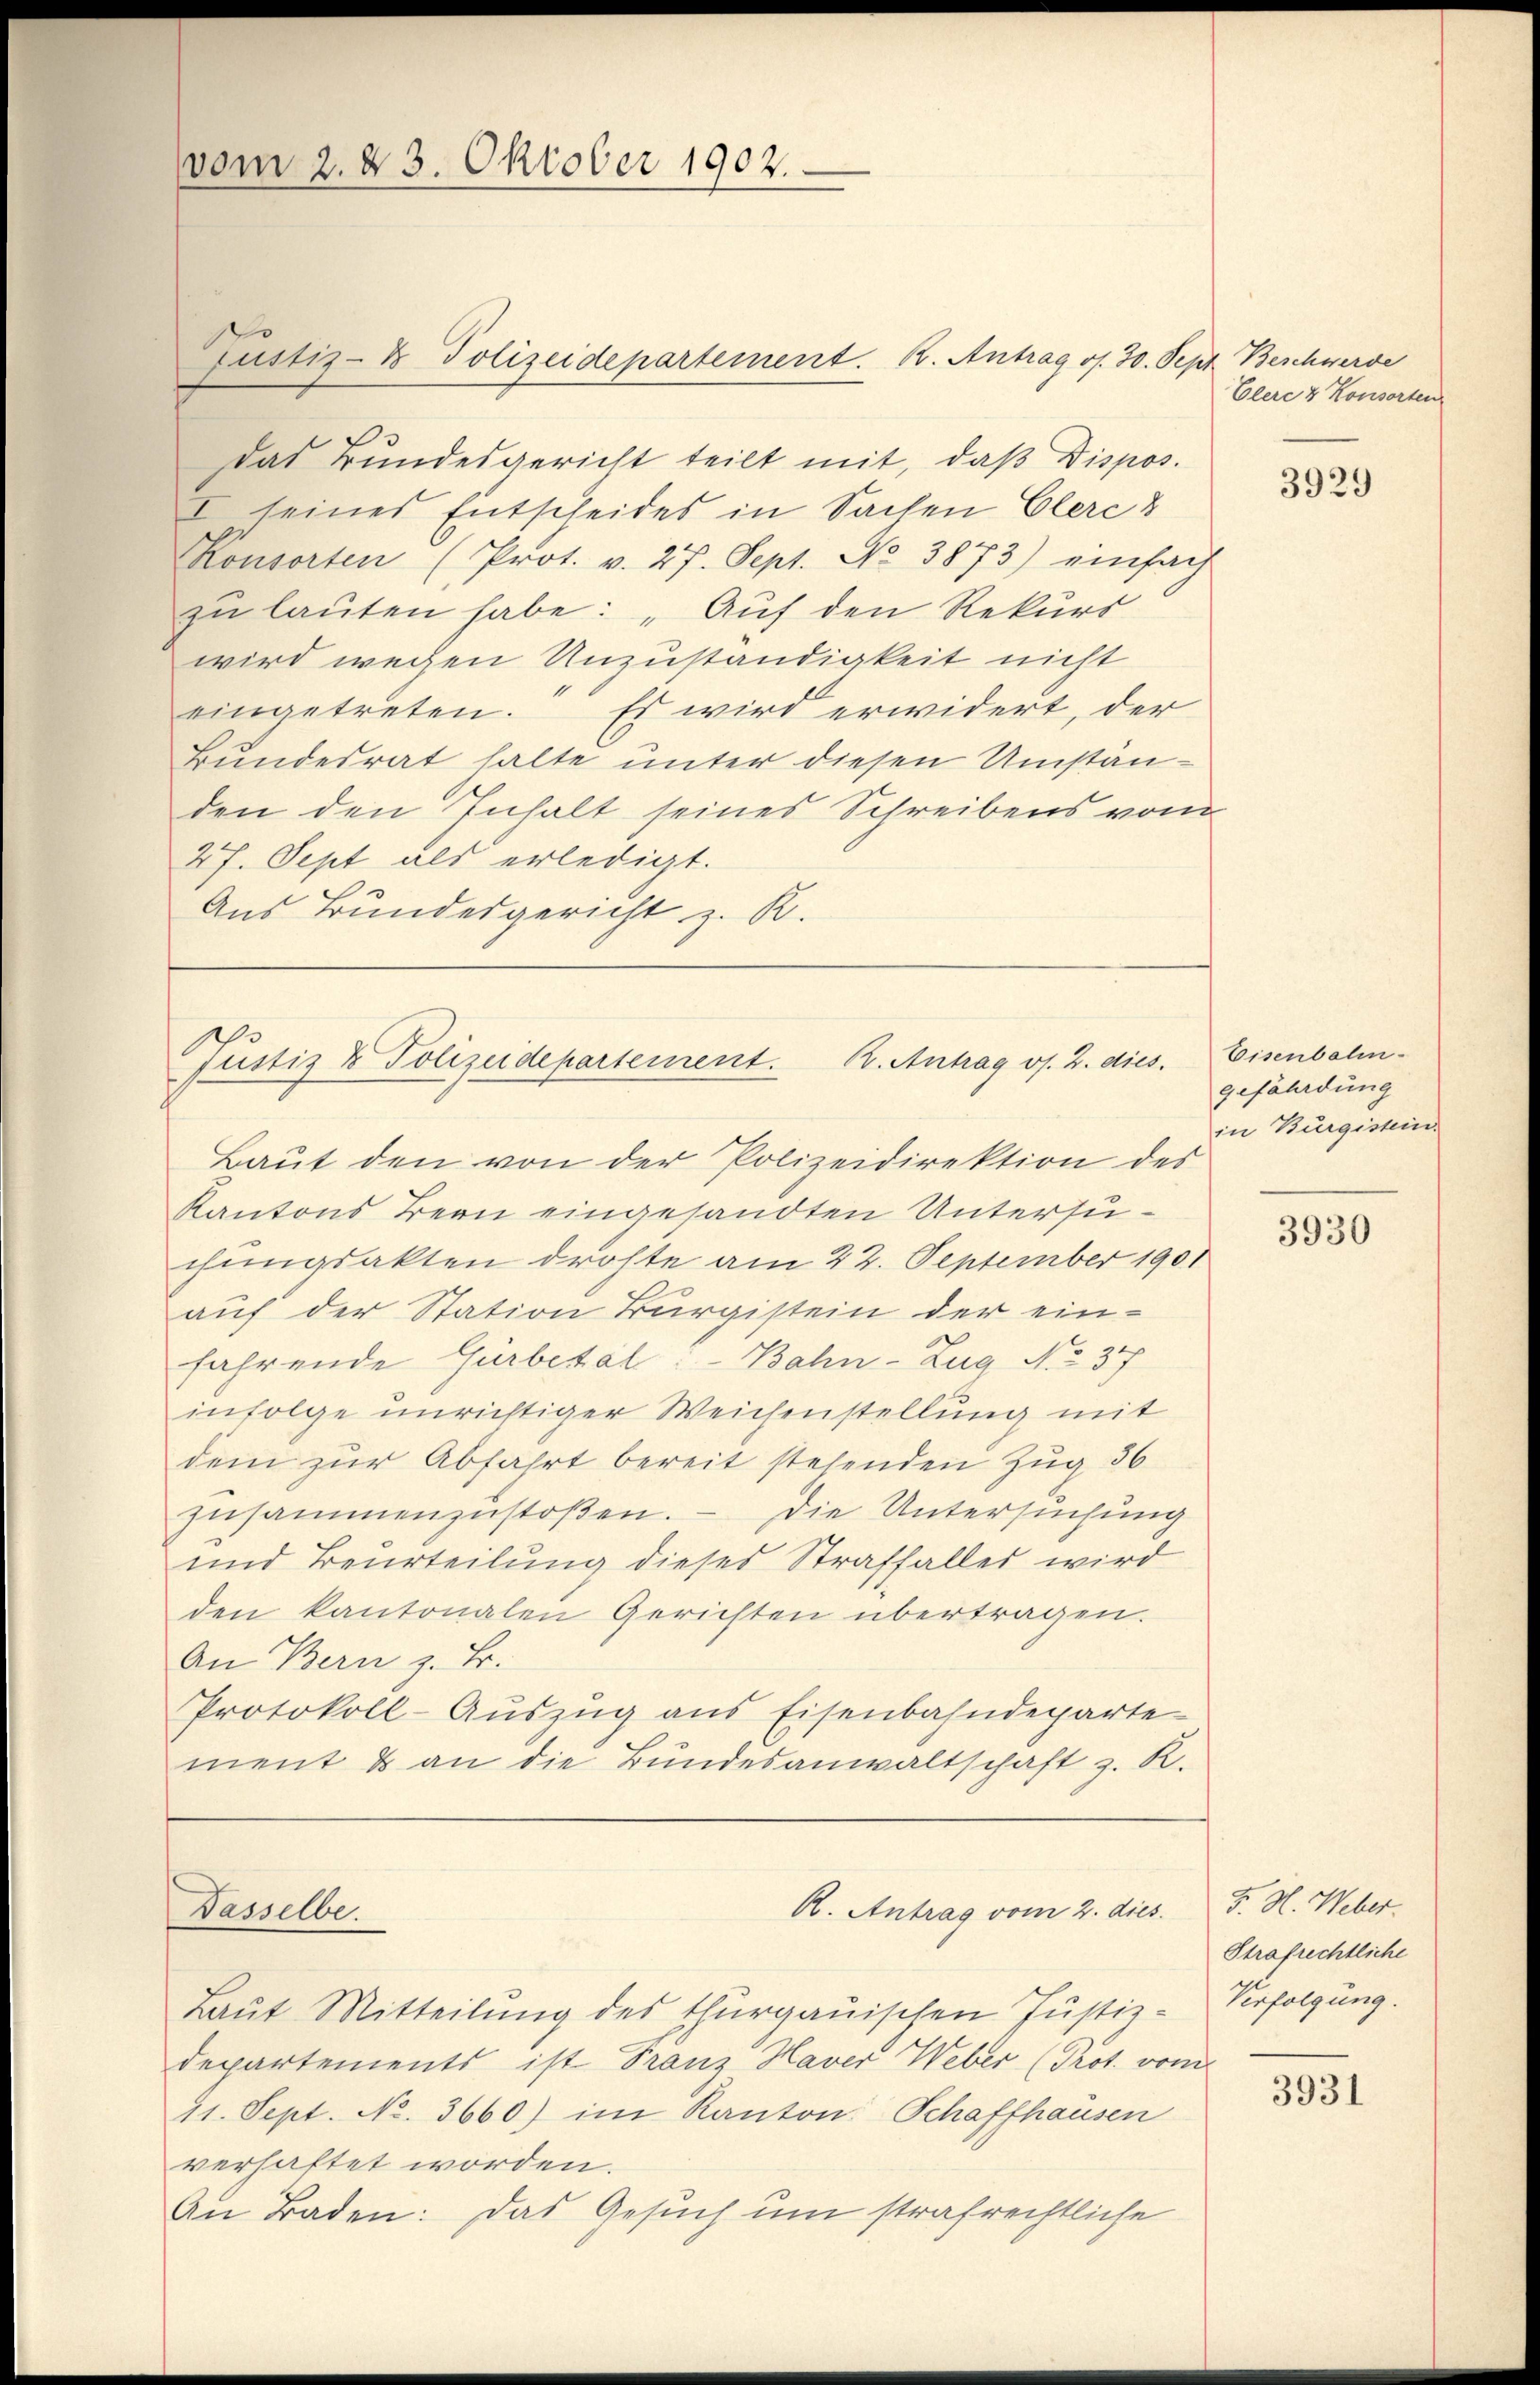
vom 2. 23. Oktober 1902.

das Bundesgericht teilt mit, daß Dispos.
I seines Entscheides in Sachen Elere d
Konsorten (Prot. v. 27. Sept. No 3873) einfach
zu lauten habe: „Auf den Rekurs
wird wegen Unzuständigkeit nicht
eingetreten. Es wird erwidert, der
Bundesrat halte unter diesen Umständen den Inhalt seines Schreibens vom
27. Sept als erledigt.
Aus Bundesgericht z. R.

Justiz- & Polizeidepartement. B. Antrag os. 30. Sept. Beschwerde

Justiz & Polizeidepartement. B. Antrag os. Z. dies.

Dasselbe.

Baut den von der Polizeidirektion des
Kantons Bern eingesandten Untersuchungsakten drohte am 22. September 1901
auf der Station Burgistein der einfahrende Gürbetal: Bahn-Zug No 37
infolge unrichtiger Weichenstellung mit
dem zur Abfahrt bereit stehenden Zug 36
zŭsammenzŭstoβen. - Die Untersuchung
und Beurteilung dieses Straffaller wird
den kantonalen Gerichten übertragen.
An Bern z. B.
Protokoll-Auszug aus Eisenbahndeparte
ment & an die Bundesanwaltschaft z. R.

R. Antrag vom 2. dies

Laut Mitteilung des thurgauischen Justiz-
Departements ist Franz Haver Weber (Prot. vom
11. Sept. No. 3660) im Kanton Schaffhausen
verhaftet worden.
An Baden: Das Gesuch um strafrechtliche

Elere & Konsorten

3929

Eisenbahn-
gefährdung
in Burgistein.

3930

F. H. Weber.
Strafrechtliche
Verfolgung.

3931